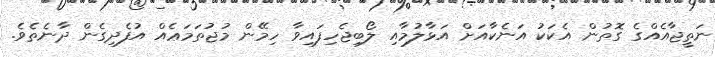
ނަތީޖާއެއްގެ ގޮތުން އެކަކު އަނެކާއަށް އަޅާލުމާއި ލޯބިޖެހިފައިވާ ހިމޭން މުޖުތަމަޢެއް އުފެދިގެން ދާނެތެވެ.